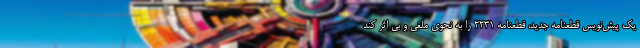
یک پیش‌نویس قطعنامه‌ جدید، قطعنامه ۲۲۳۱ را به نحوی ملغی و بی اثر کند